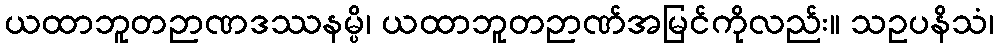
ယထာဘူတဉာဏဒဿနမ္ပိ၊ ယထာဘူတဉာဏ်အမြင်ကိုလည်း။ သဥပနိသံ၊